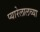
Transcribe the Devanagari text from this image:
प्यारेलालच्या